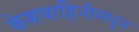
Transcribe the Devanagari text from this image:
केशवाहिनीमधून